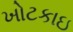
ખોટકાઇ